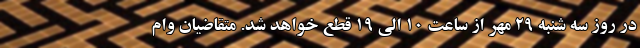
در روز سه شنبه ۲۹ مهر از ساعت 10 الی 19 قطع خواهد شد. متقاضیان وام